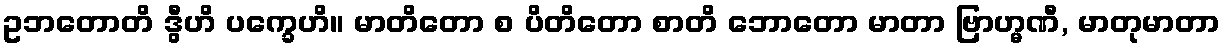
ဥဘတောတိ ဒွီဟိ ပက္ခေဟိ။ မာတိတော စ ပိတိတော စာတိ ဘောတော မာတာ ဗြာဟ္မဏီ, မာတုမာတာ